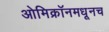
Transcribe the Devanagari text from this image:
ओमिक्रॉनमधूनच